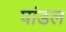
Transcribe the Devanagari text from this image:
पांडल